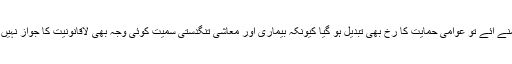
حقائق سامنے آئے تو عوامی حمایت کا رُخ بھی تبدیل ہو گیا کیونکہ بیماری اور معاشی تنگدستی سمیت کوئی وجہ بھی لاقانونیت کا جواز نہیں بن سکتی۔